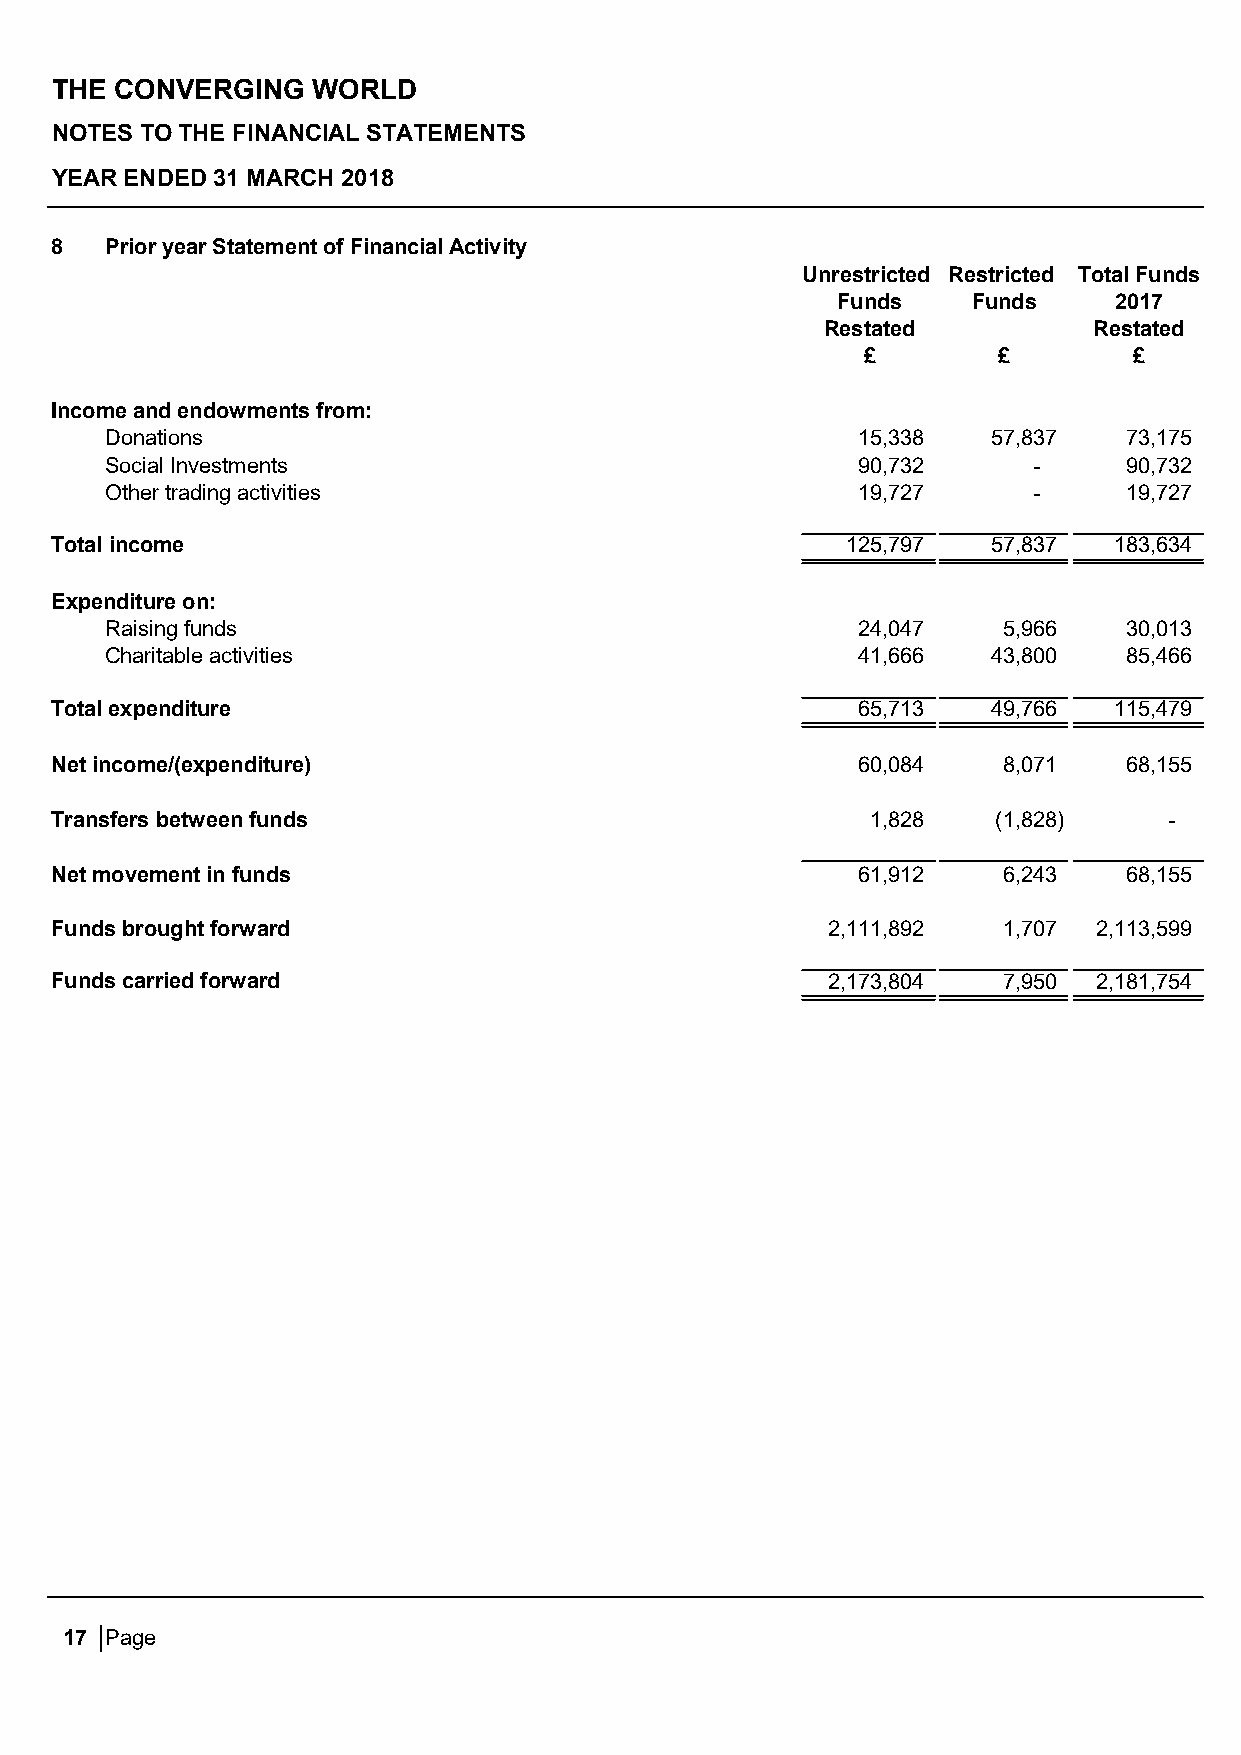
THE  CONVERGING   WORLD
 NOTES TO THE FINANCIAL STATEMENTS
 YEAR ENDED 31 MARCH 2018
 8   Prior year Statement of Financial Activity
 Unrestricted Restricted Total Funds
 Funds    Funds     2017
 Restated         Restated
 £        £        £
 Income and endowments from:
 Donations                                         15,338   57,837   73,175
 Social Investments                                90,732     -      90,732
 Other trading activities                          19,727     -      19,727
 Total income                                         125,797   57,837  183,634
 Expenditure on:
 Raising funds                                     24,047   5,966    30,013
 Charitable activities                             41,666   43,800   85,466
 Total expenditure                                     65,713   49,766  115,479
 Net income/(expenditure)                              60,084   8,071    68,155
 Transfers between funds                                1,828   (1,828)    -
 Net movement in funds                                 61,912   6,243    68,155
 Funds brought forward                               2,111,892  1,707  2,113,599
 Funds carried forward                               2,173,804  7,950  2,181,754
 17 Page